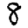
Digit: 8